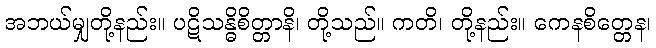
အဘယ်မျှတို့နည်း။ ပဋိသန္ဓိစိတ္တာနိ၊ တို့သည်။ ကတိ၊ တို့နည်း။ ကေနစိတ္တေန၊